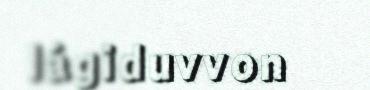
lágiduvvon